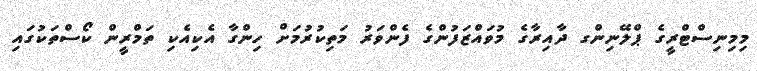
މިމިނިސްޓްރީގެ ޕްލޭނިންގ ދާއިރާގެ މުވައްޒަފުންގެ ފެންވަރު މަތިކުރުމަށް ހިންގާ އެކިއެކި ތަމްރީން ކޯސްތަކުގައި